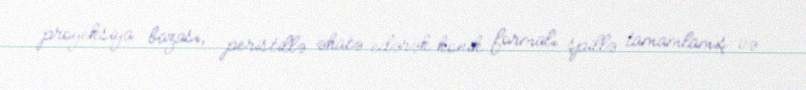
proyeksiya bazası, peristillə əhatə edərək konik formalı şpillə tamamlamış və